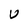
Character: U